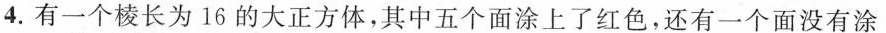
4.有一个棱长为16的大正方体，其中五个面涂上了红色，还有一个面没有涂